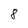
Character: 8